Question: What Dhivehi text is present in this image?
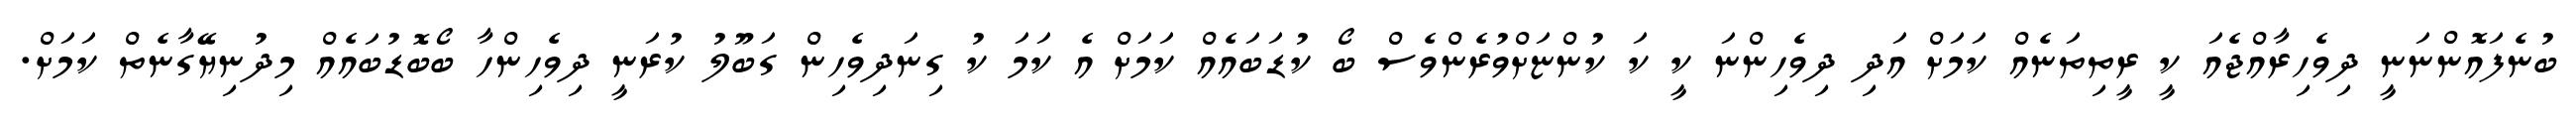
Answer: ބުނެފައޮންނަނީ ދިވެހިރާއްޖެއަ ކީ ރީތިތަނެއް ކަމަށް އަދި ދިވެހިންނަ ކީ ކަ ކުންޏަށްވުރެންވެސް ބޯ ކުޑަބައެއް ކަމަށް އެ ކަމަ ކު ގިނަދިވެހިން ގަބޫލު ކުރަނީ ދިވެހިންހާ ބޯބޮޑުބައެއް މިދުނިޔޭގާނެތް ކަމަށް.